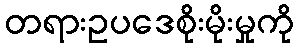
တရားဥပဒေစိုးမိုးမှုကို